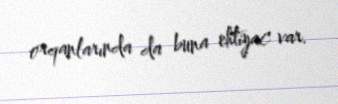
orqanlarında da buna ehtiyac var.